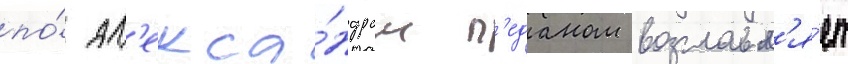
по́ ал'екса́ндром п'еданом возглавл'я́ет